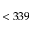
< 3 3 9